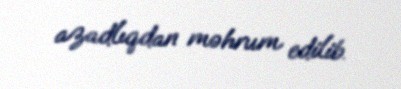
azadlıqdan məhrum edilib.